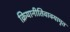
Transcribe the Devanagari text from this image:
क्रियानीतिवाक्यामृत